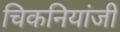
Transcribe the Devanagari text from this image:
चिकनियांजी